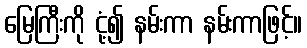
မြေကြီးကို ငုံ့၍ နမ်းကာ နမ်းကာဖြင့်။